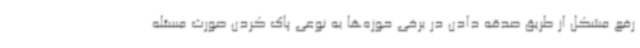
رفع مشکل از طریق صدقه دادن در برخی حوزه‌ها به نوعی پاک کردن صورت مسئله